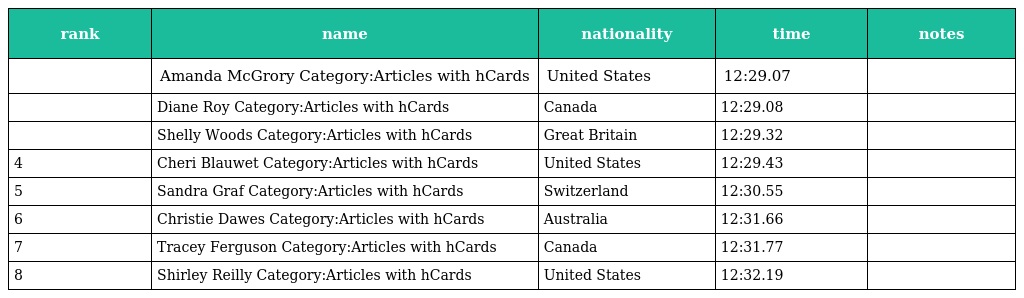
| rank | name | nationality | time | notes |
 | --- | --- | --- | --- | --- |
 |  | Amanda McGrory Category:Articles with hCards | United States | 12:29.07 |  |
 |  | Diane Roy Category:Articles with hCards | Canada | 12:29.08 |  |
 |  | Shelly Woods Category:Articles with hCards | Great Britain | 12:29.32 |  |
 | 4 | Cheri Blauwet Category:Articles with hCards | United States | 12:29.43 |  |
 | 5 | Sandra Graf Category:Articles with hCards | Switzerland | 12:30.55 |  |
 | 6 | Christie Dawes Category:Articles with hCards | Australia | 12:31.66 |  |
 | 7 | Tracey Ferguson Category:Articles with hCards | Canada | 12:31.77 |  |
 | 8 | Shirley Reilly Category:Articles with hCards | United States | 12:32.19 |  |